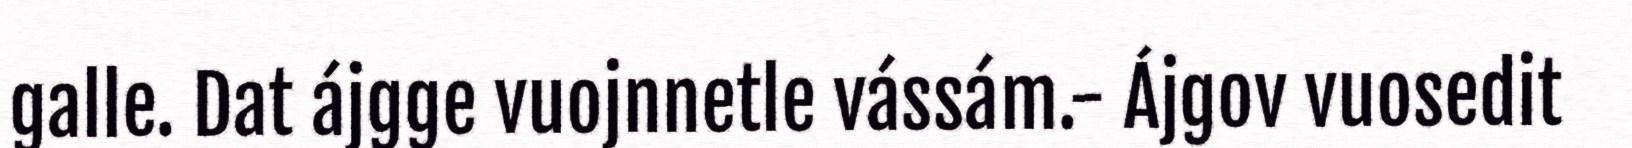
galle. Dat ájgge vuojnnetle vássám.- Ájgov vuosedit